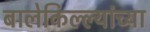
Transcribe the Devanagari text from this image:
बालेकिल्ल्यांच्या